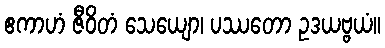
ဧကာဟံ ဇီဝိတံ သေယျော၊ ပဿတော ဥဒယဗ္ဗယံ။